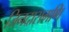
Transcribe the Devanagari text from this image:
जिनदासगणि